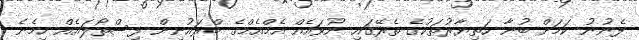
ފެނުނު ކަމަށް ބުނާ ހަތިޔާރުތަކުގެ ތެރޭގައި ނުވައެއް އެމްއެމްގެ ބްރައުނިން ފިސްތޯލައެއް ހިމެނެ